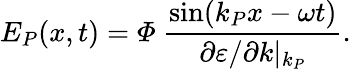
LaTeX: E_{P}(x,t)=\varPhi\ \frac{\sin(k_{P}x-\omega t)}{\partial\varepsilon/\partial k|_{k_{P}}}.